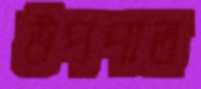
উপপাত